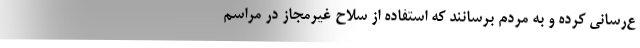
ع‌رسانی کرده و به مردم برسانند که استفاده از سلاح غیرمجاز در مراسم